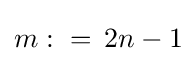
m\,\colon =\,2n-1